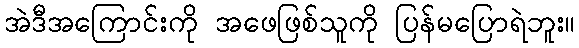
အဲဒီအကြောင်းကို အဖေဖြစ်သူကို ပြန်မပြောရဲဘူး။